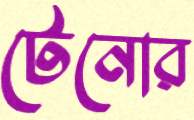
টেনোর